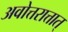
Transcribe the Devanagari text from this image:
अवोत्तरात्तात्